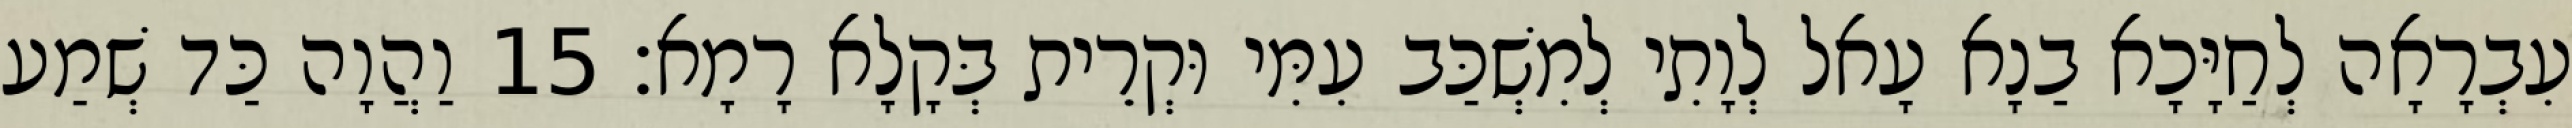
עִבְרָאָה לְחַיָּכָא בַנָא עָאל לְוָתִי לְמִשְׁכַּב עִמִּי וּקְרֵית בְּקָלָא רָמָא׃ 15 וַהֲוָה כַּד שְׁמַע